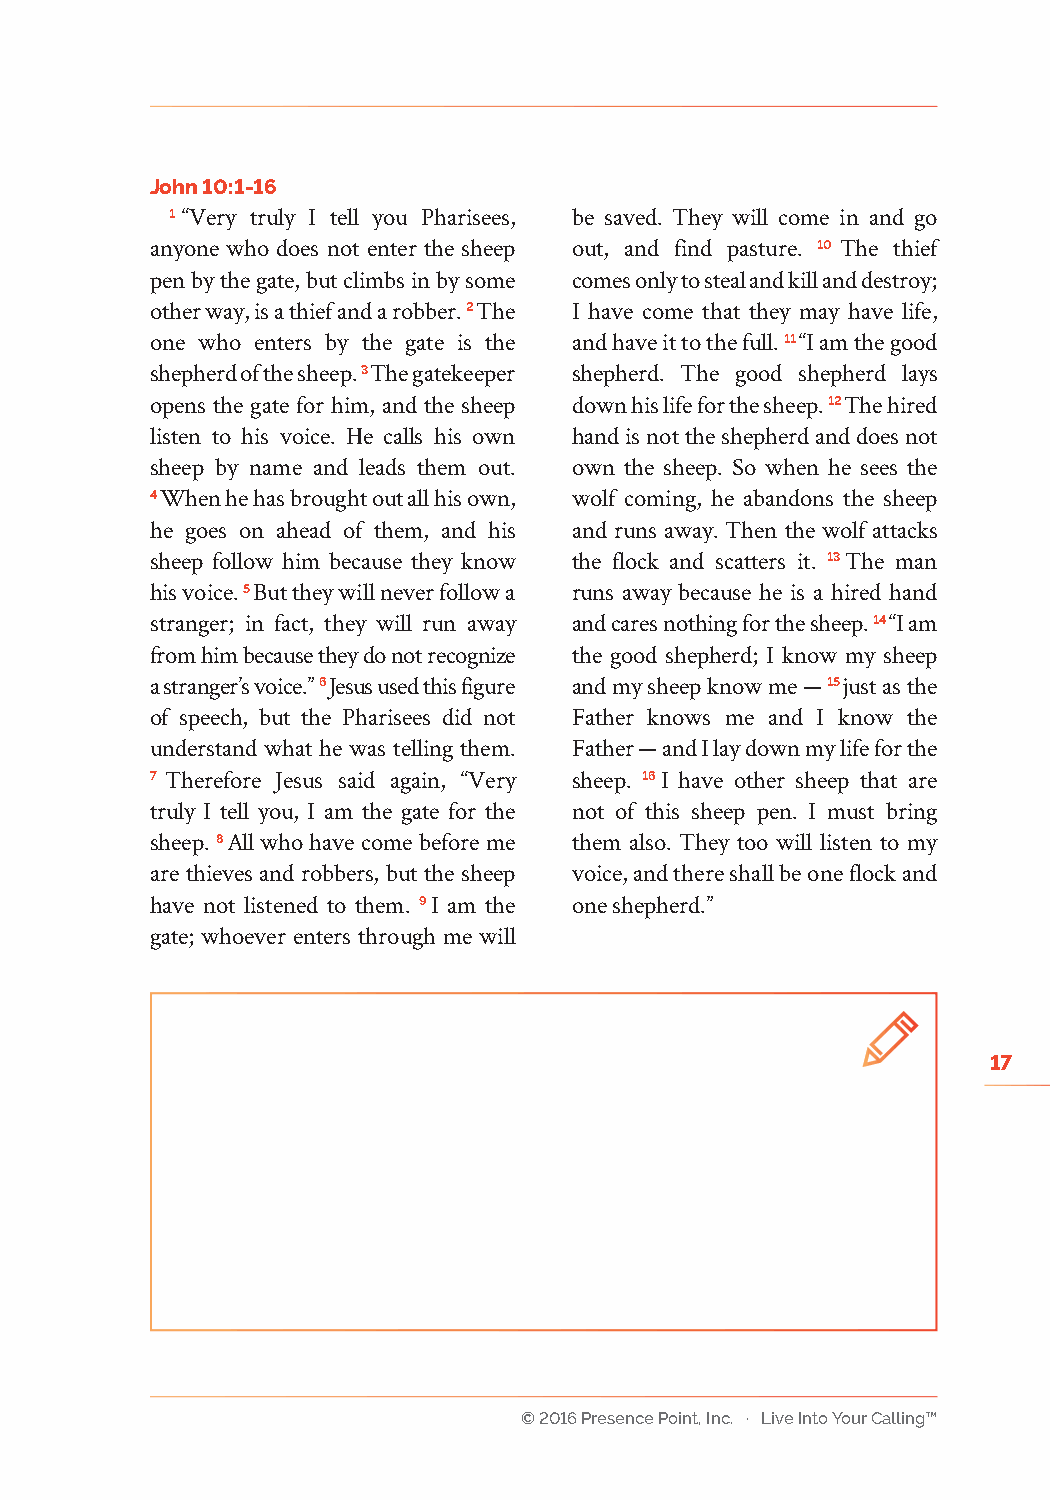
John 10:1-16
 1 “Very truly I tell you Pharisees, be saved. They will come in and go
 anyone who does not enter the sheep out, and find pasture. 10 The thief
 pen by the gate, but climbs in by some comes only to steal and kill and destroy;
 other way, is a thief and a robber. 2 The I have come that they may have life,
 one who enters by the gate is the and have it to the full. 11 “I am the good
 shepherd of the sheep. 3 The gatekeeper shepherd. The good shepherd lays
 opens the gate for him, and the sheep down his life for the sheep. 12 The hired
 listen to his voice. He calls his own hand is not the shepherd and does not
 sheep by name and leads them out. own the sheep. So when he sees the
 4 When he has brought out all his own, wolf coming, he abandons the sheep
 he goes on ahead of them, and his and runs away. Then the wolf attacks
 sheep follow him because they know the flock and scatters it. 13 The man
 his voice. 5 But they will never follow a runs away because he is a hired hand
 stranger; in fact, they will run away and cares nothing for the sheep. 14 “I am
 from him because they do not recognize the good shepherd; I know my sheep
 a stranger’s voice.” 6 Jesus used this figure and my sheep know me — 15 just as the
 of speech, but the Pharisees did not Father knows me and I know the
 understand what he was telling them. Father — and I lay down my life for the
 7 Therefore Jesus said again, “Very sheep. 16 I have other sheep that are
 truly I tell you, I am the gate for the not of this sheep pen. I must bring
 sheep. 8 All who have come before me them also. They too will listen to my
 are thieves and robbers, but the sheep voice, and there shall be one flock and
 have not listened to them. 9 I am the one shepherd.”
 gate; whoever enters through me will
 17
 © 2016 Presence Point, Inc. · Live Into Your Calling™